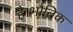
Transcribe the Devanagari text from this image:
है।भौतिक